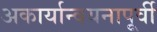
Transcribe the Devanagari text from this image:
अकार्यान्वयनापूर्वी